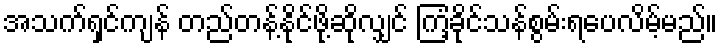
အသက်ရှင်ကျန် တည်တန့်နိုင်ဖို့ဆိုလျှင် ကြံ့ခိုင်သန်စွမ်းရပေလိမ့်မည်။